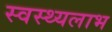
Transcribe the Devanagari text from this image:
स्वस्थ्यलाभ